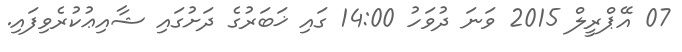
07 އޭޕްރީލް 2015 ވަނަ ދުވަހު 14:00 ގައި ޚަބަރުގެ ދަށުގައި ޝާއިޢުކުރެވިފައި.